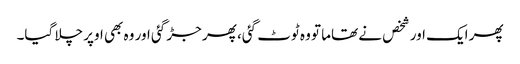
پھر ایک اور شخص نے تھاما تو وہ ٹوٹ گئی، پھر جڑ گئی اور وہ بھی اوپر چلا گیا۔